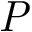
\it { P }